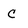
Character: c